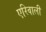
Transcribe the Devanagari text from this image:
एरिवाली